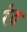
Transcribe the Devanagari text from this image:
रंद